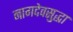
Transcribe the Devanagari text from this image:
नागदेवसुद्धा